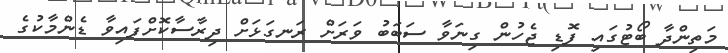
މަތިންދާ ބޯޓުގައި ފޮޑި ޖެހުން ގިނަވާ ސަބަބު ވަރަށް ރަނގަޅަށް ދިރާސާކޮށްފައިވާ ޑެންމާކުގެ